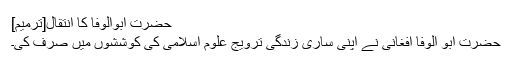
حضرت ابوالوفا کا انتقال[ترمیم]
حضرت ابو الوفا افغانی نے اپنی ساری زندگی ترویج علوم اسلامی کی کوششوں میں صرف کی۔